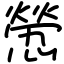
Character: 憥